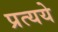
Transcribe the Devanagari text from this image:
प्रत्यये